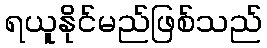
ရယူနိုင်မည်ဖြစ်သည်